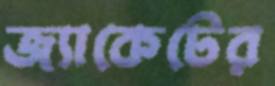
জ্যাকেটের